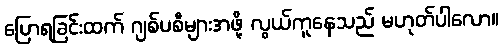
ပြောရခြင်းထက် ဂျစ်ပစီများအဖို့ လွယ်ကူနေသည် မဟုတ်ပါလော။